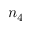
n _ { 4 }